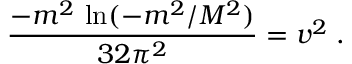
\frac { - m ^ { 2 } \, \ln ( - m ^ { 2 } / { \cal M } ^ { 2 } ) } { 3 2 \pi ^ { 2 } } = v ^ { 2 } \; .